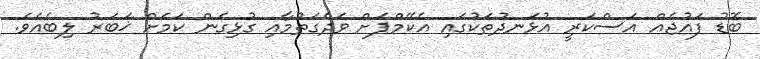
ބޮޑު ފައުޖެއް އަސްކަރީ އުޅަނދުތަކުގައި އެކޭމްޕަށް ވަދެގަތުމާއި ގުޅިގެން ކަމަށް ޚަބަރު ލިބެއެވެ.